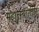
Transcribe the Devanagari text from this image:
महात्म्यातील